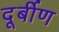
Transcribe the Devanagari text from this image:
दूर्बीण